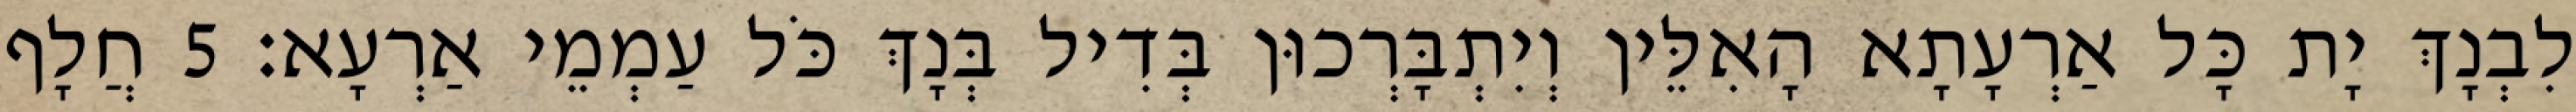
לִבְנָךְ יָת כָּל אַרְעָתָא הָאִלֵּין וְיִתְבָּרְכוּן בְּדִיל בְּנָךְ כֹּל עַמְמֵי אַרְעָא׃ 5 חֲלָף